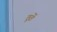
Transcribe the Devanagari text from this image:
ठूठें